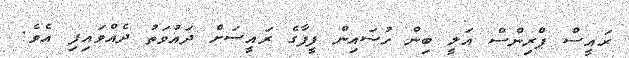
ރައީސް ޕްރިންސް އަލީ ބިން ހުސައިން ފީފާގެ ރައީސަށް ދައުވަތު ދެއްވައިފި އެވެ.